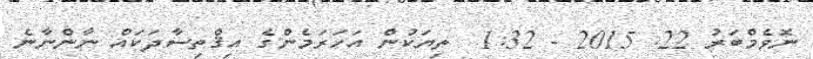
ނޮވެމްބަރު 22